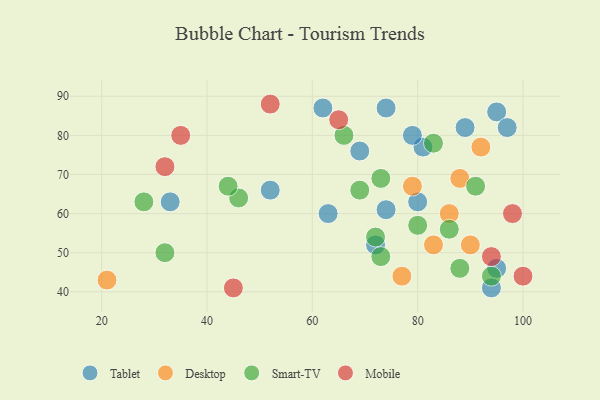
{"axis": {"x": "GDP", "y": "Life Expectancy"}, "legend": ["Desktop", "Mobile", "Smart-TV", "Tablet"], "data": [{"x": "62", "y": 87, "type": "Tablet"}, {"x": "95", "y": 46, "type": "Tablet"}, {"x": "52", "y": 66, "type": "Tablet"}, {"x": "89", "y": 82, "type": "Tablet"}, {"x": "63", "y": 60, "type": "Tablet"}, {"x": "72", "y": 52, "type": "Tablet"}, {"x": "95", "y": 86, "type": "Tablet"}, {"x": "80", "y": 63, "type": "Tablet"}, {"x": "69", "y": 76, "type": "Tablet"}, {"x": "81", "y": 77, "type": "Tablet"}, {"x": "33", "y": 63, "type": "Tablet"}, {"x": "74", "y": 87, "type": "Tablet"}, {"x": "97", "y": 82, "type": "Tablet"}, {"x": "79", "y": 80, "type": "Tablet"}, {"x": "94", "y": 41, "type": "Tablet"}, {"x": "74", "y": 61, "type": "Tablet"}, {"x": "90", "y": 52, "type": "Desktop"}, {"x": "21", "y": 43, "type": "Desktop"}, {"x": "79", "y": 67, "type": "Desktop"}, {"x": "83", "y": 52, "type": "Desktop"}, {"x": "88", "y": 69, "type": "Desktop"}, {"x": "92", "y": 77, "type": "Desktop"}, {"x": "77", "y": 44, "type": "Desktop"}, {"x": "86", "y": 60, "type": "Desktop"}, {"x": "32", "y": 50, "type": "Smart-TV"}, {"x": "94", "y": 44, "type": "Smart-TV"}, {"x": "73", "y": 69, "type": "Smart-TV"}, {"x": "83", "y": 78, "type": "Smart-TV"}, {"x": "91", "y": 67, "type": "Smart-TV"}, {"x": "46", "y": 64, "type": "Smart-TV"}, {"x": "73", "y": 49, "type": "Smart-TV"}, {"x": "28", "y": 63, "type": "Smart-TV"}, {"x": "66", "y": 80, "type": "Smart-TV"}, {"x": "69", "y": 66, "type": "Smart-TV"}, {"x": "72", "y": 54, "type": "Smart-TV"}, {"x": "88", "y": 46, "type": "Smart-TV"}, {"x": "44", "y": 67, "type": "Smart-TV"}, {"x": "80", "y": 57, "type": "Smart-TV"}, {"x": "86", "y": 56, "type": "Smart-TV"}, {"x": "98", "y": 60, "type": "Mobile"}, {"x": "94", "y": 49, "type": "Mobile"}, {"x": "65", "y": 84, "type": "Mobile"}, {"x": "100", "y": 44, "type": "Mobile"}, {"x": "35", "y": 80, "type": "Mobile"}, {"x": "52", "y": 88, "type": "Mobile"}, {"x": "32", "y": 72, "type": "Mobile"}, {"x": "45", "y": 41, "type": "Mobile"}]}